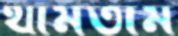
থামতাম